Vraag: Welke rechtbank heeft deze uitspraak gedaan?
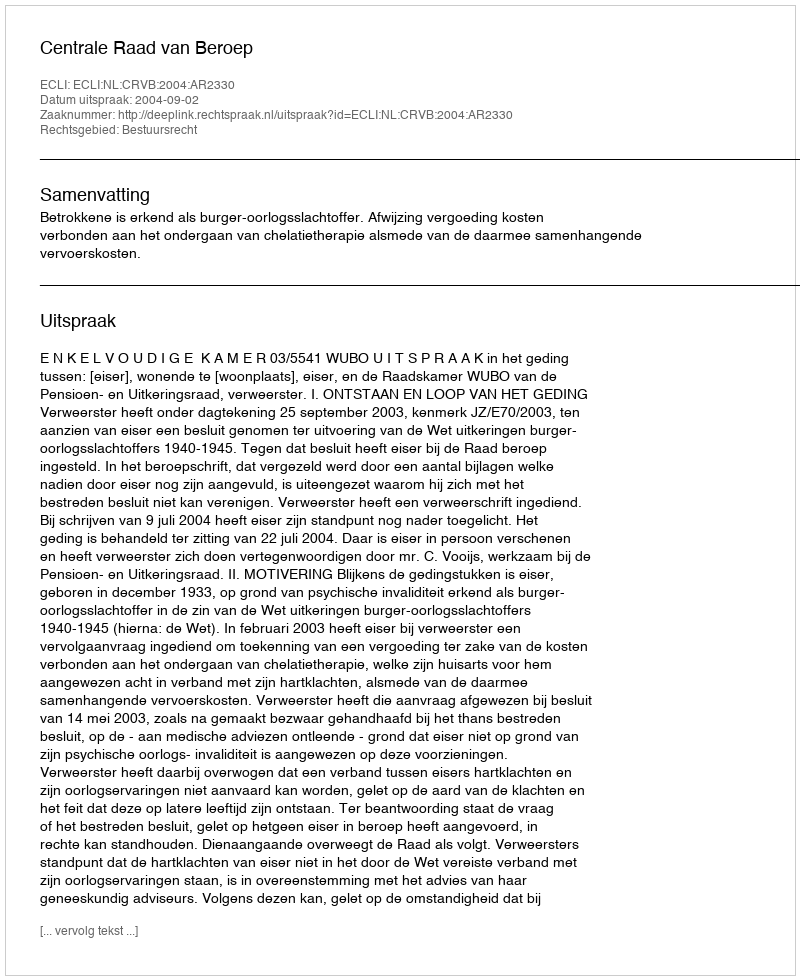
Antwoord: Centrale Raad van Beroep